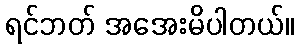
ရင်ဘတ် အအေးမိပါတယ်။